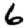
Digit: 6